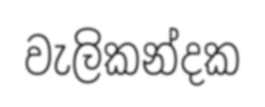
වැලිකන්දක